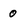
Character: 0